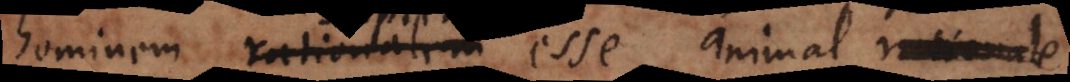
hominem rationalem esse animal rationale